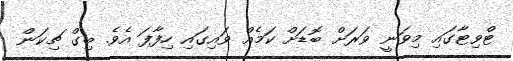
ޓްވިޓާގައި މިވަނީ ވަރަށް ބޮޑަށް ކަމެއް ވައިގައި ހިފާފަ އެވެ. ބިގް ޗިކަން